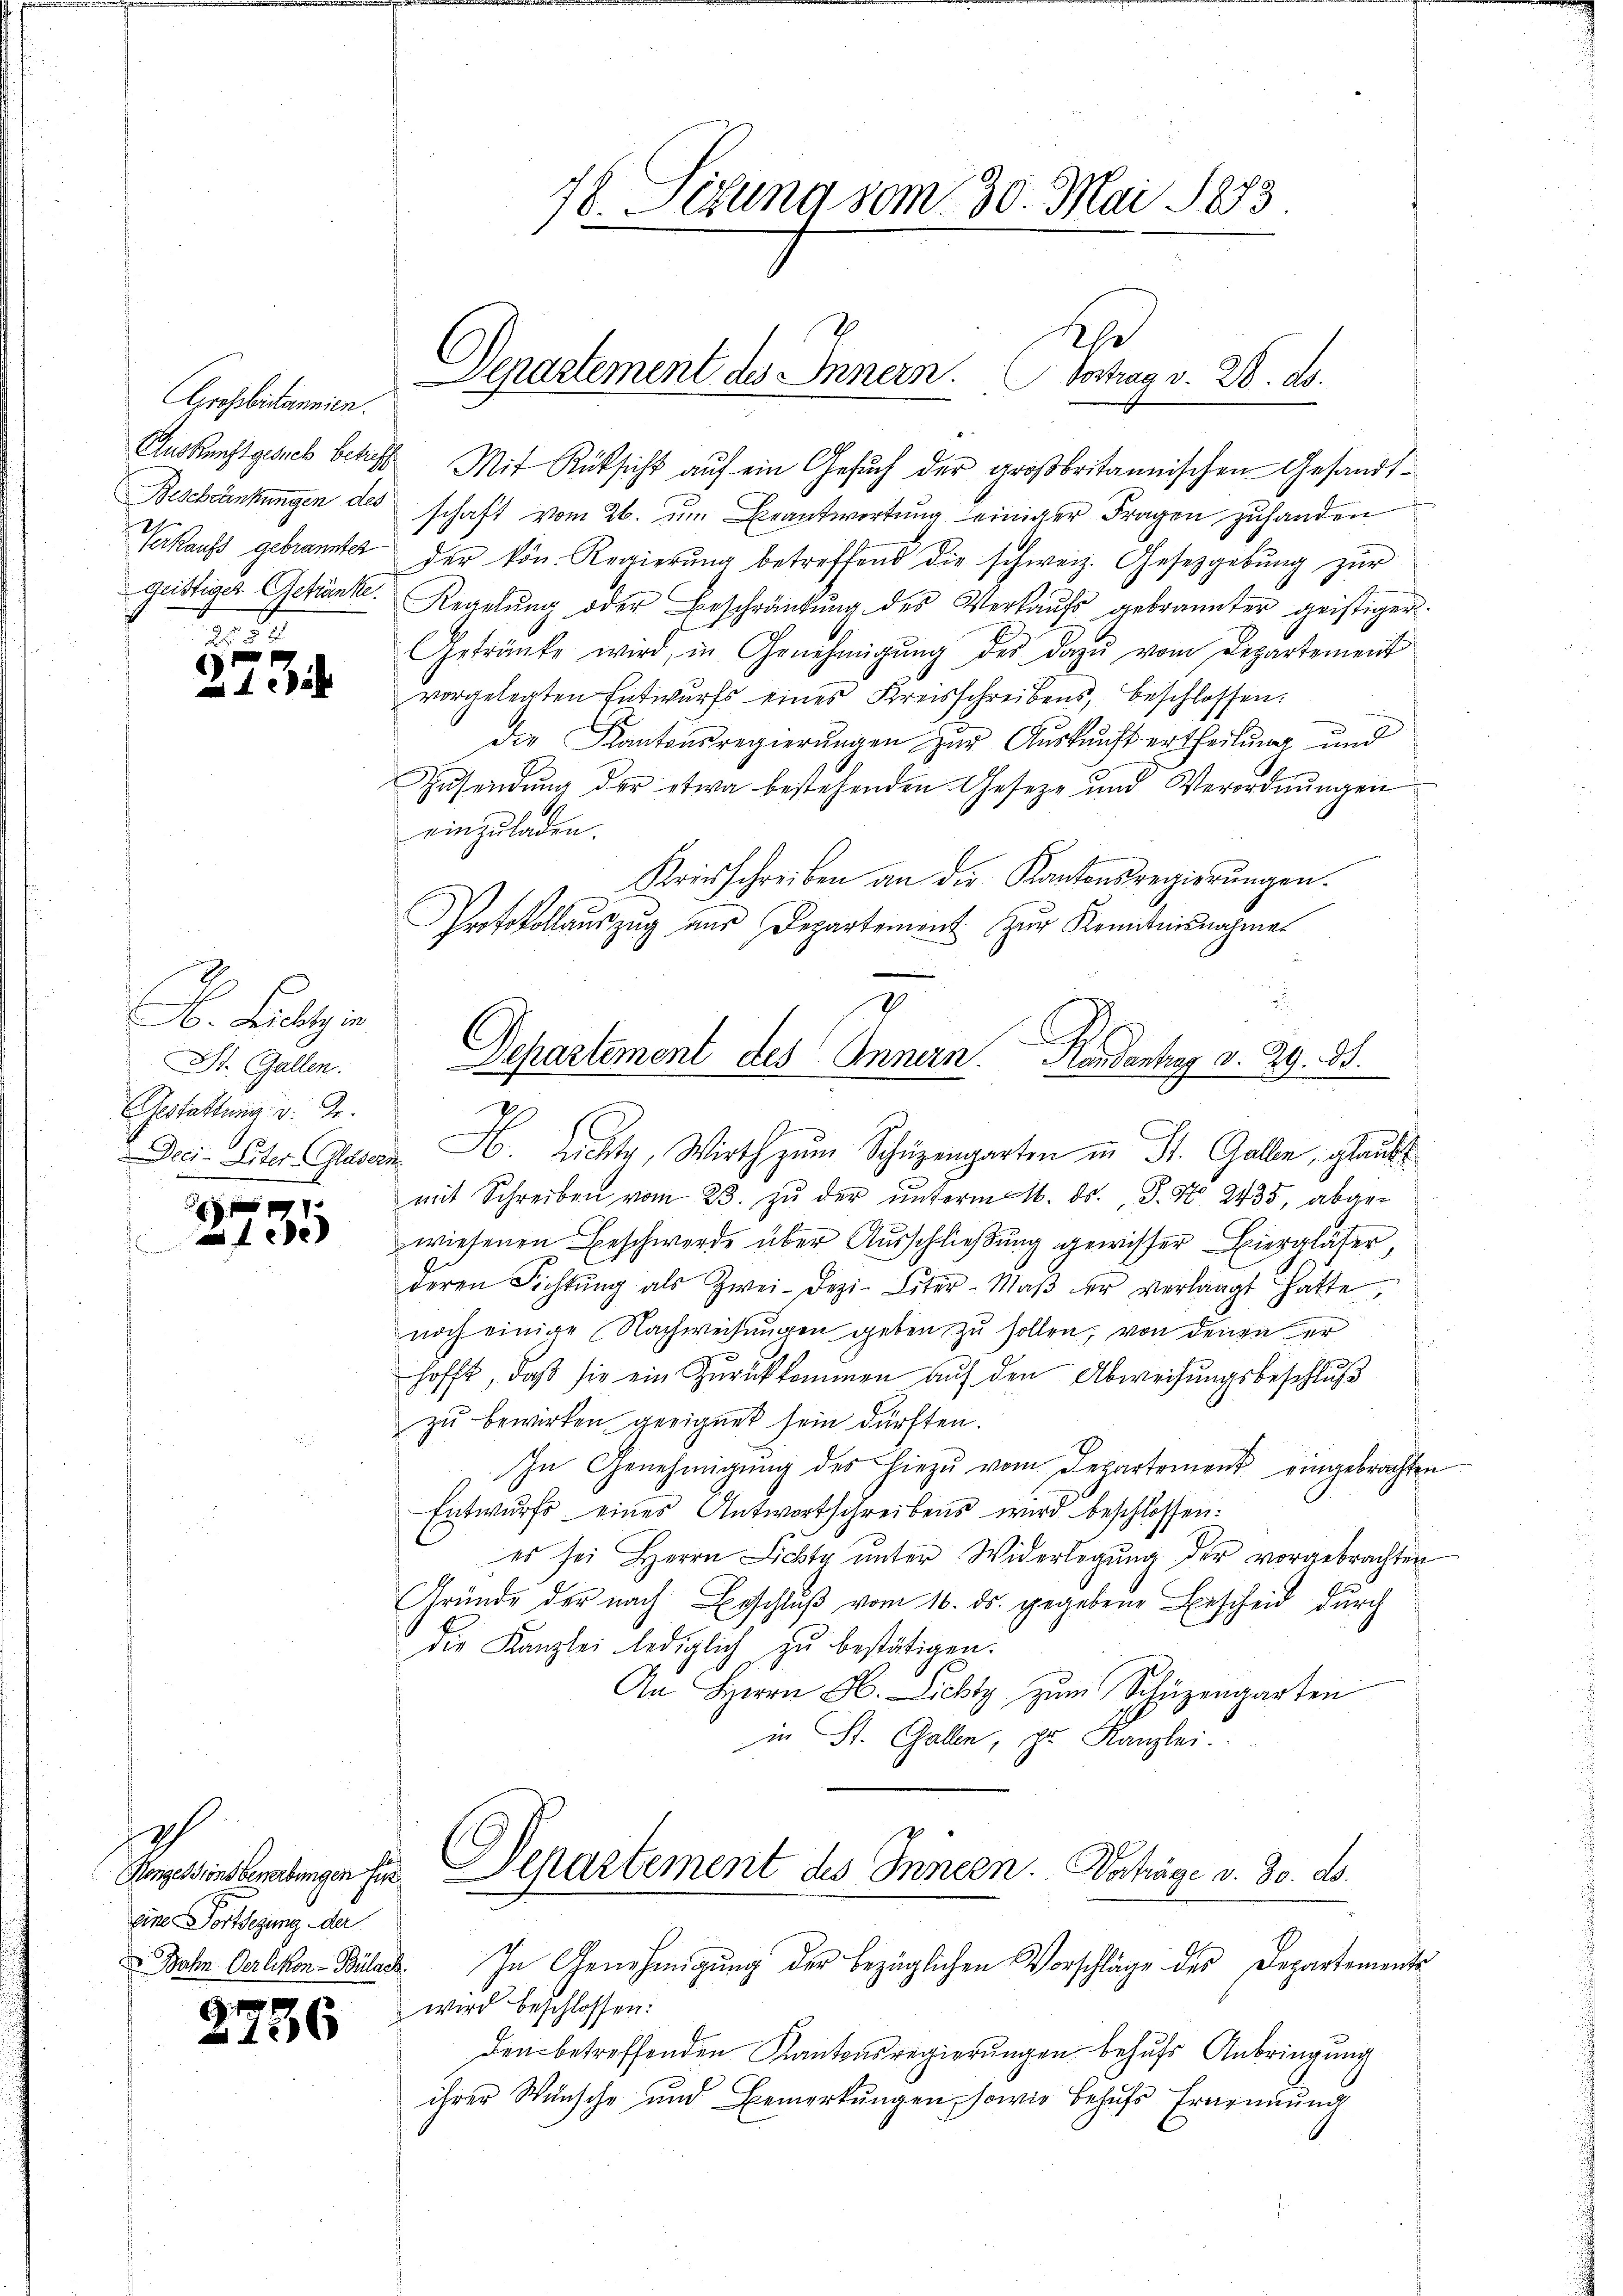
Grossbitannien.
 S

273

A. Licht in
St. Gallen.
Gestattung v. Gr.

)
135

Jah
Honzessions bewerbungen für
Eine Fortsezung der
 Bahn Oerlikon - Bülach

2736

Auskunftgerich betreff Mit Rüksicht auf ein Gesuch der großbritannischen Gesandt¬
Beschränkungen des schaft vom 26. ŭm Beantwortung einiger Fragen zuhanden
Verkaufs gebrannte der kön. Regierŭng betreffend die schweiz. Gesetzgebung zur
geistiges Getränke. Regelŭng oder Beschränkung des Verkaŭfs gebrannter geistiger.
Getränke wird, in Genehmigŭng des dazŭ vom Departement
vorgelegten Entwurfs eines Kreisschreibens, beschlossen.
die Kantonsregierungen zur Auskunft ertheilung und
Zusendŭng der etwa bestehenden Geseze und Verordnŭngen
einzuladen.
Kriesschreiben an die Kantonsregierungen.
Protokollauszug nur Departement zur Kenntnisnahme
a

78. Situng vom 30. Mai 1873.

Rh
Separtement des Innern. Vortrag v. 28. ds.

Departement des Innern. Handantrag v. 29. Bd.
V.

Departement des Innern. Vorträge v. 30. ds.

In Genehmigung der bezüglichen Vorschläge des Departements
wird beschlossen:
den betreffenden Kantonsregierungen behufs Anbringung
ihrer Wünsche und Bemerkungen, sowie behufs Ernennung

Drei- Leiter Glasern H. Lichte, Wirth zum Schüzengarten in St. Galle, glaubt.
mit Schreiben vom 23. zŭ der ŭnterm 16. ds. S. S. 2435, abge-
wiesenen Beschwerde über Ausschließung gewisser Hiergläser,
d
deren Richtŭng als Zwei-Dezi-Liter-Maβ er verlangt hatte,
noch einige Nachweisungen geben zu sollen, von denen er
hofft, daß sie ein Zurückkommen auf den Abweisungsbeschluß
zŭ bewirken geeignet sein dürften.
In Genehmigŭng des hiezŭ vom Departement eingebrachten
Entwurfs eines Antwortschreibens wird beschlossen:
es sei Herrn Lichte ŭnter Widerlegŭng der vorgebrachten
Grunde der nach Beschluß vom 16. ds. gegebene Bescheid durch
die Kanzlei lediglich zu bestätigen.
An Herrn H. Lichtz zŭm Schüzengarten
in St. Gallen, ihr Kanzlei.